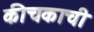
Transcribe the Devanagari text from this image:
कीचकाची